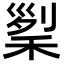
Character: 𥟜